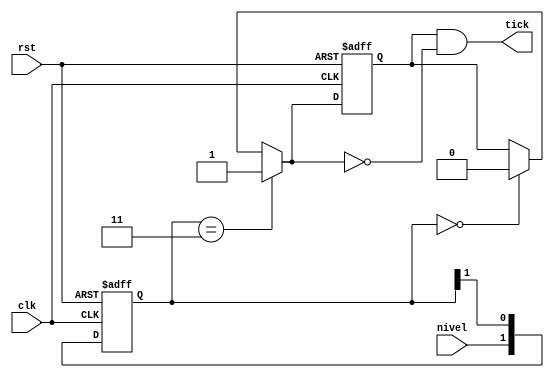
`timescale 1ns / 1ps


module DetectorFlancos(clk, rst, nivel, tick);

//Este modulo es un detector de flancos negativos
//Al darse uno, el se va a mantener en alto por un ciclo de clock
//Tiempo suficiente para habilitar la lectura de algun dispositivo

input clk, rst, nivel;
output tick;
reg [1:0] filter_reg;
wire [1:0] next_filter;
wire edge_c_next;
reg edge_c;


always @(posedge clk or posedge rst)
		if (rst)
			begin
				filter_reg <= 0;
				edge_c <= 0;
			end 
		else 
			begin
				filter_reg <= next_filter;
				edge_c <= edge_c_next;
			end
			
assign next_filter = {nivel,filter_reg[1]};

assign edge_c_next = (filter_reg == 2'b11) ? 1'b1 :
							(filter_reg == 2'b00) ? 1'b0 :	
							edge_c;
							
assign tick = edge_c & !edge_c_next;
endmodule